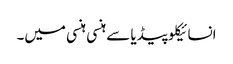
انسائیکلو پیڈیا سے	ہنسی ہنسی میں۔